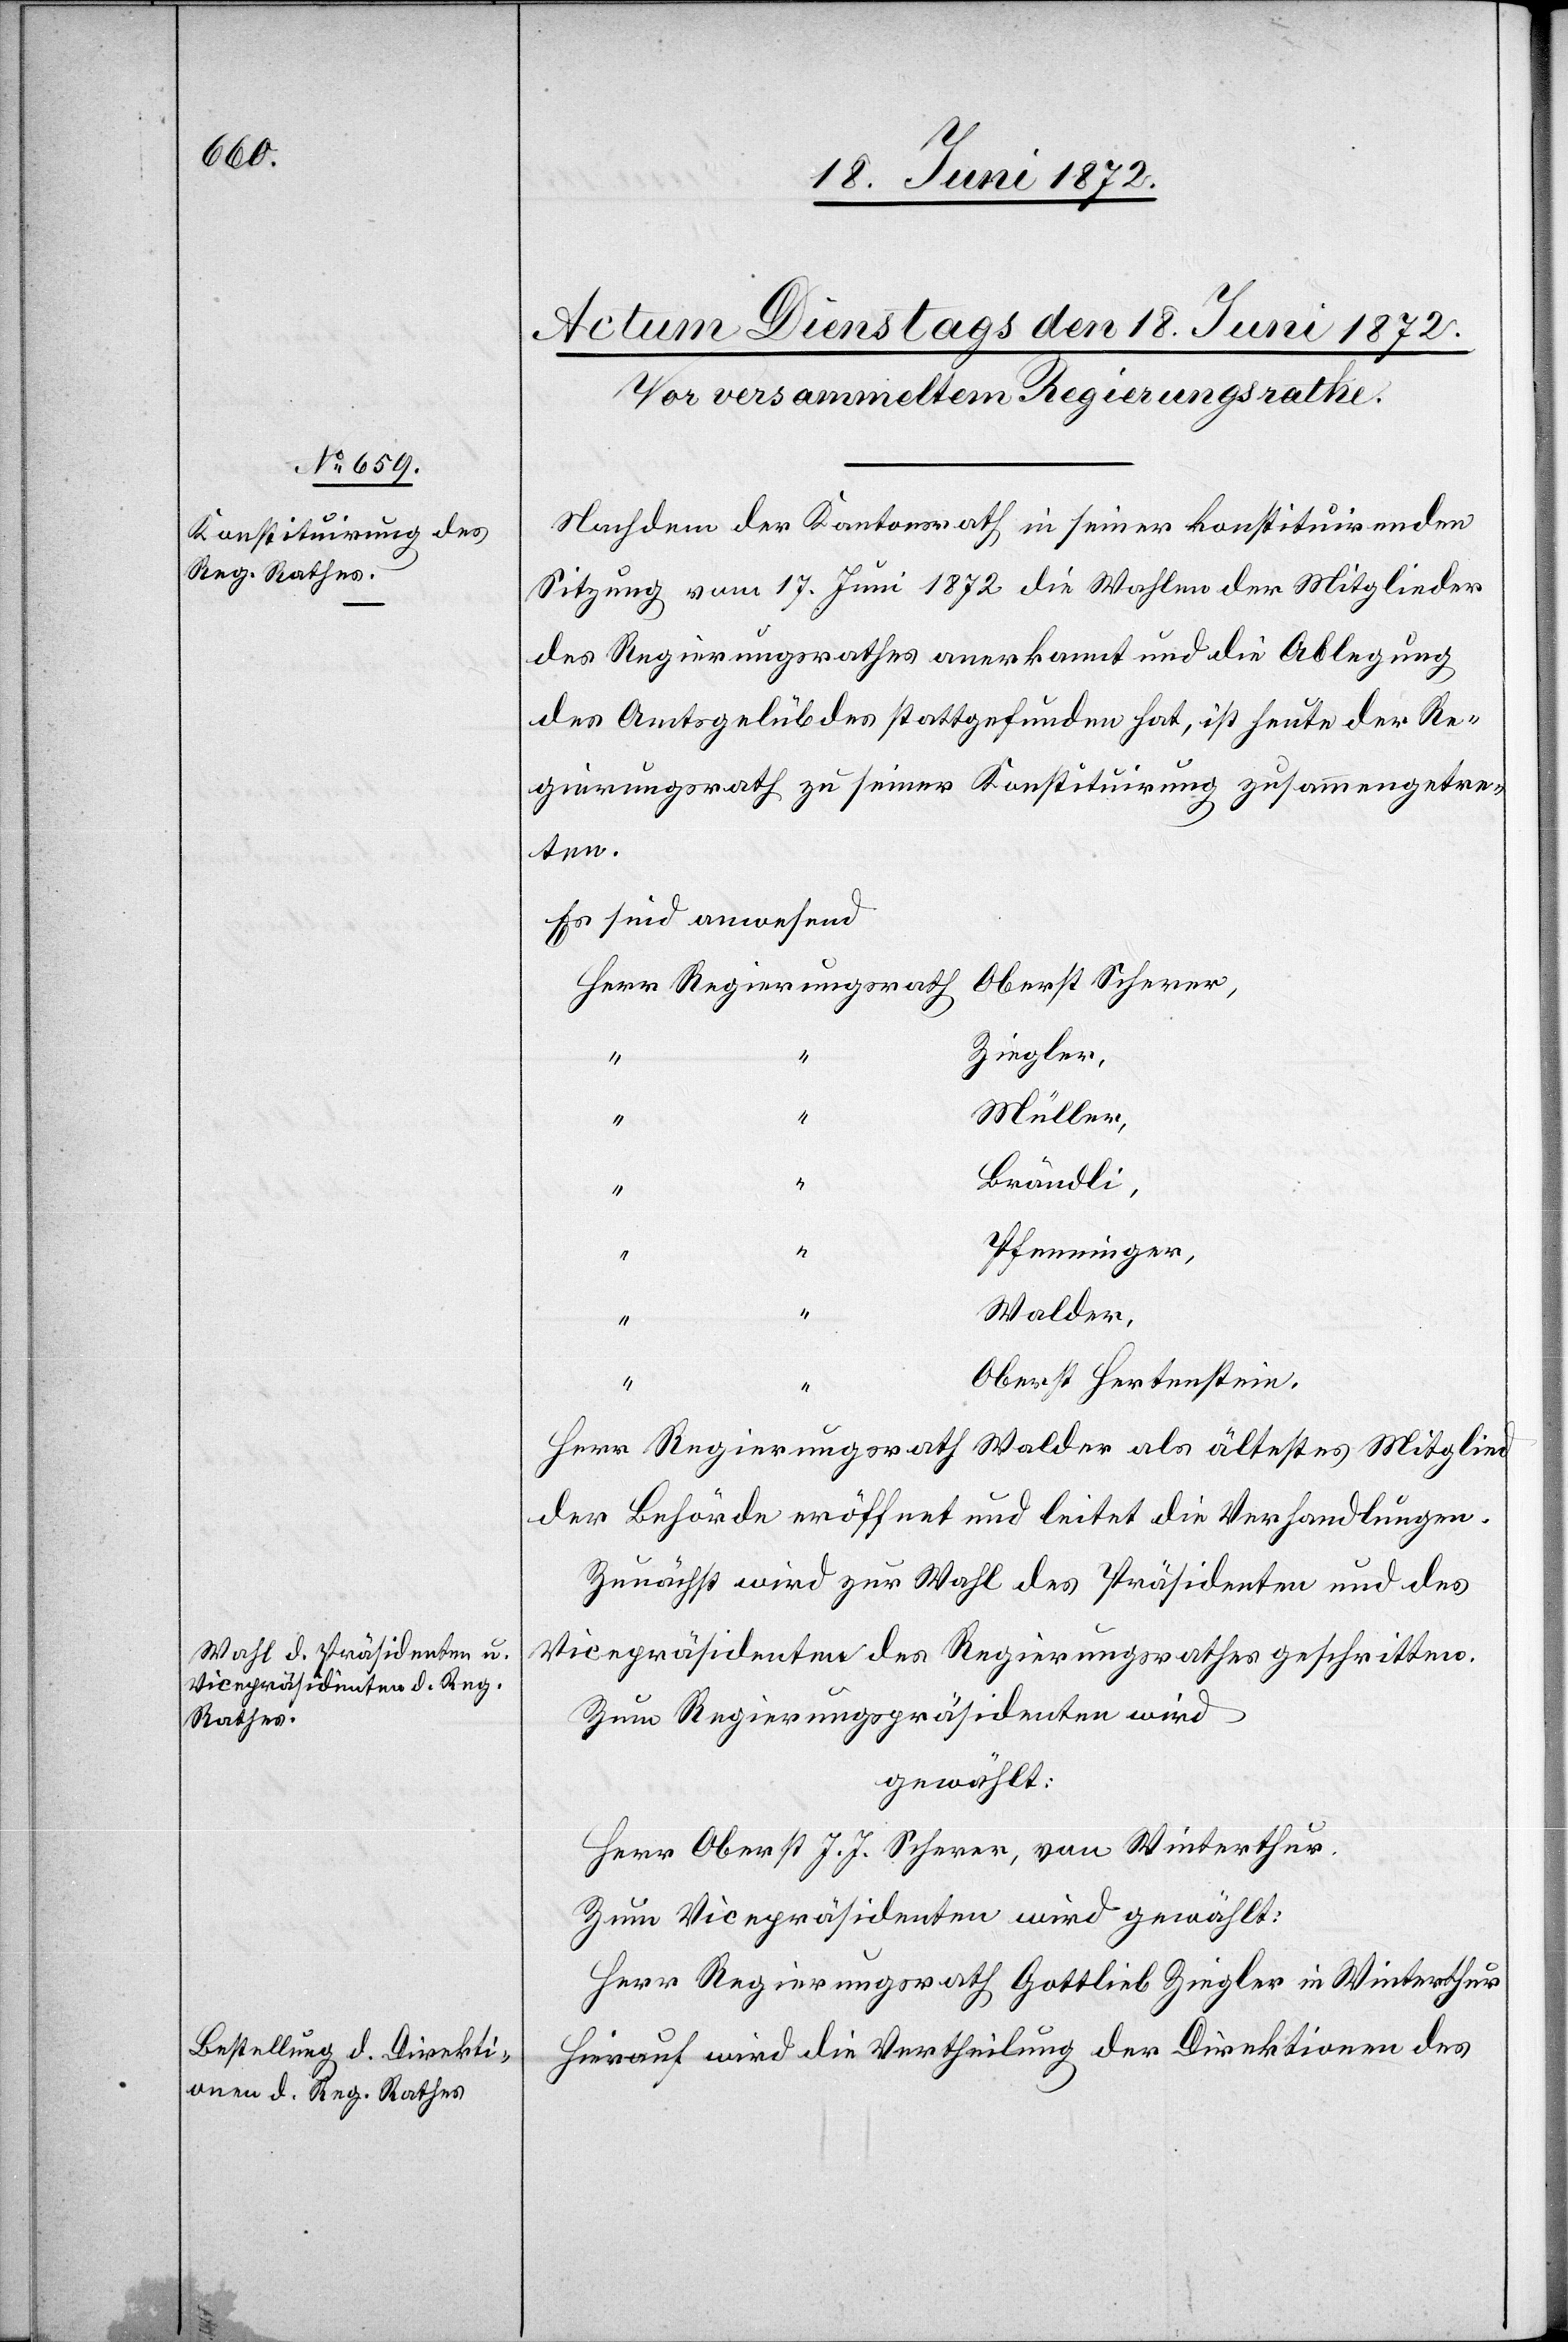
Nachdem der Kantonsrath in seiner konstituirenden
Sitzung vom 17. Juni 1872 die Wahlen der Mitglieder
des Regierungsrathes anerkannt und die Ablegung
des Amtsgelübdes stattgefunden hat, ist heute der Re¬
gierungsrath zu seiner Konstituirung zusammengetre¬
ten.
Es sind anwesend
Oberst Scherer,
Ziegler,
Müller,
“
Brändli,
“
Pfenninger,
Walder,
“
“
Oberst Hertenstein.
Herr Regierungsrath Walder als ältestes Mitglied
der Behörde eröffnet und leitet die Verhandlungen.
Zunächst wird zur Wahl des Präsidenten und des
Vicepräsidenten des Regierungsrathes geschritten.
Zum Regierungspräsidenten wird
gewählt:
Herr Oberst J. J. Scherer, von Winterthur.
Zum Vicepräsidenten wird gewählt:
Herr Regierungsrath Gottlieb Ziegler in Winterthur.
Hierauf wird die Vertheilung der Direktionen des